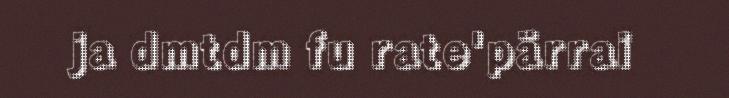
ja dmtdm fu rate'pärrai